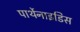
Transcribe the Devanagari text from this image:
पार्थेनाइडिस